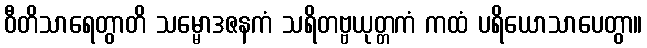
ဝီတိသာရေတွာတိ သမ္မောဒဇနကံ သရိတဗ္ဗယုတ္တကံ ကထံ ပရိယောသာပေတွာ။